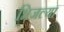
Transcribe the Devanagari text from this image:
भिजल्या